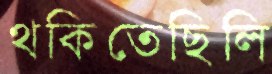
থকিতেছিলি